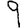
Digit: 9